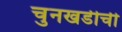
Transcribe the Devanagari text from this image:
चुनखडीची